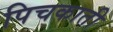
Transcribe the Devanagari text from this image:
पिचकाती